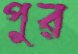
পুর